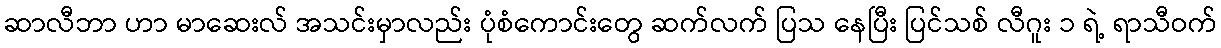
ဆာလီဘာ ဟာ မာဆေးလ် အသင်းမှာလည်း ပုံစံကောင်းတွေ ဆက်လက် ပြသ နေပြီး ပြင်သစ် လီဂူး ၁ ရဲ့ ရာသီဝက်